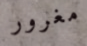
مغرور